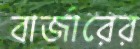
বার্জারের